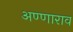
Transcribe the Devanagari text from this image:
अण्णाराव